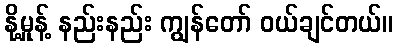
နို့မှုန့် နည်းနည်း ကျွန်တော် ဝယ်ချင်တယ်။